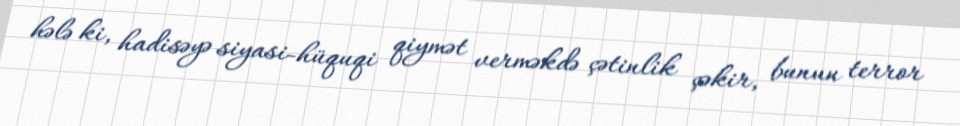
hələ ki, hadisəyə siyasi-hüquqi qiymət verməkdə çətinlik çəkir, bunun terror